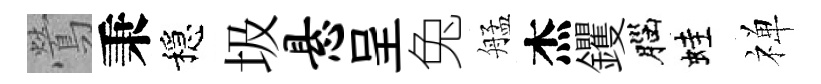
鶯秉穩圾悬呈兔艋杰钁腦蛙禅